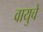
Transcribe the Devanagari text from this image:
वायुचे